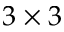
3 \times 3